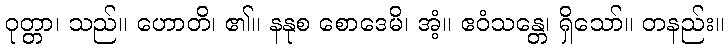
ဝုတ္တာ၊ သည်။ ဟောတိ၊ ၏။ နနုစ စောဒေမိ၊ အံ့။ ဧဝံသန္တေ၊ ရှိသော်။ တနည်း။